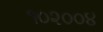
૧૦૨૦૦૪